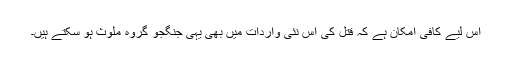
اس لیے کافی امکان ہے کہ قتل کی اس نئی واردات میں بھی یہی جنگجو گروہ ملوث ہو سکتے ہیں۔